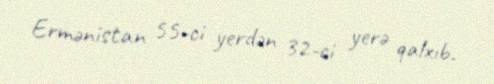
Ermənistan 55-ci yerdən 32-ci yerə qalxıb.